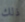
ذلك